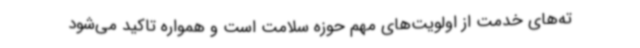
ته‌های خدمت از اولویت‌های مهم حوزه سلامت است و همواره تاکید می‌شود